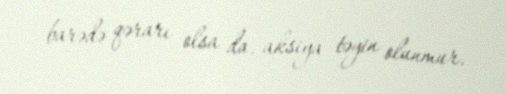
barədə qərarı olsa da, aksiya təyin olunmur.